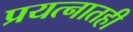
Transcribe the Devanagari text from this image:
प्रयत्नातही